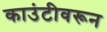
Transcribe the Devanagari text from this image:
काउंटीवरून